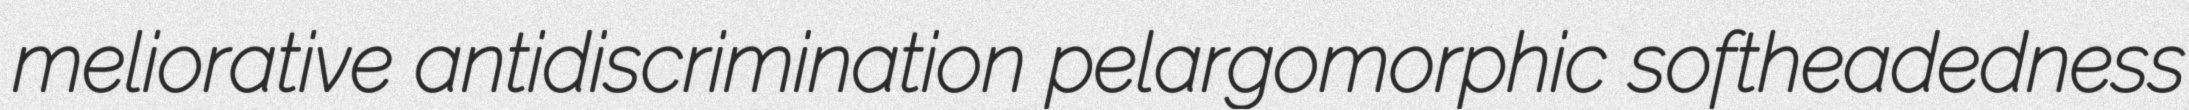
meliorative antidiscrimination pelargomorphic softheadedness